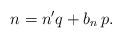
LaTeX: \begin{align*}n= n^\prime q + b_n\, p.\end{align*}